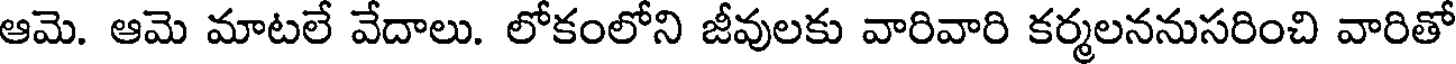
ఆమె. ఆమె మాటలే వేదాలు. లోకంలోని జీవులకు వారివారి కర్మలననుసరించి వారితో